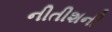
નીતીશની